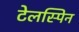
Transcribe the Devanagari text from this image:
टेलस्पिन